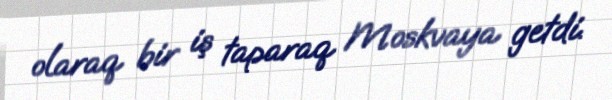
olaraq bir iş taparaq Moskvaya getdi.